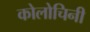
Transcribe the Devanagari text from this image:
कोलोचिनी